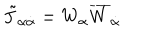
\tilde { J } _ { \alpha \dot { \alpha } } = W _ { \alpha } \overline { { { W } } } _ { \dot { \alpha } }